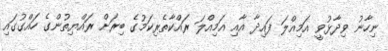
ނިހާނު ވިދާޅުވީ އަމިއްލަ ފައިދާ އާއި އަމިއްލަ ރައްކާތެރިކަމުގެ ބިރަށް ރައްޔިތުންގެ ހައްގުގައި